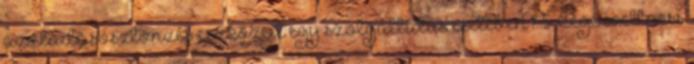
az eladásösztönzés eszközeit egy szolgáltatás esetében? 5. Cége wellness